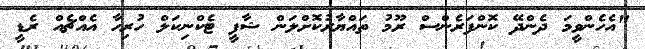
"އެހެންވީމަ ދެންދޭ ކޮންފަރެންސް ރޫމު ތައްޔާރުކޮށްލަން ޝާފީ ޓެކްނިކަލް ހުރިހާ އެއްޗެއް ރެޑީ